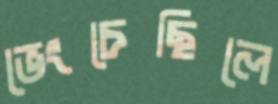
ভেংচেছিলে